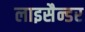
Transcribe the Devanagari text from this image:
लाइसैन्डर